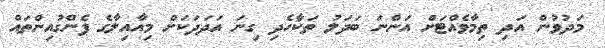
މަދުވުން އަދި ތިމާވެއްޓަށް އަންނަ ބަދަލު ތަކާހެދި ގިނަ އަދަދަކަށް މިއާއިލާގެ ޕެންގުއިންތައް